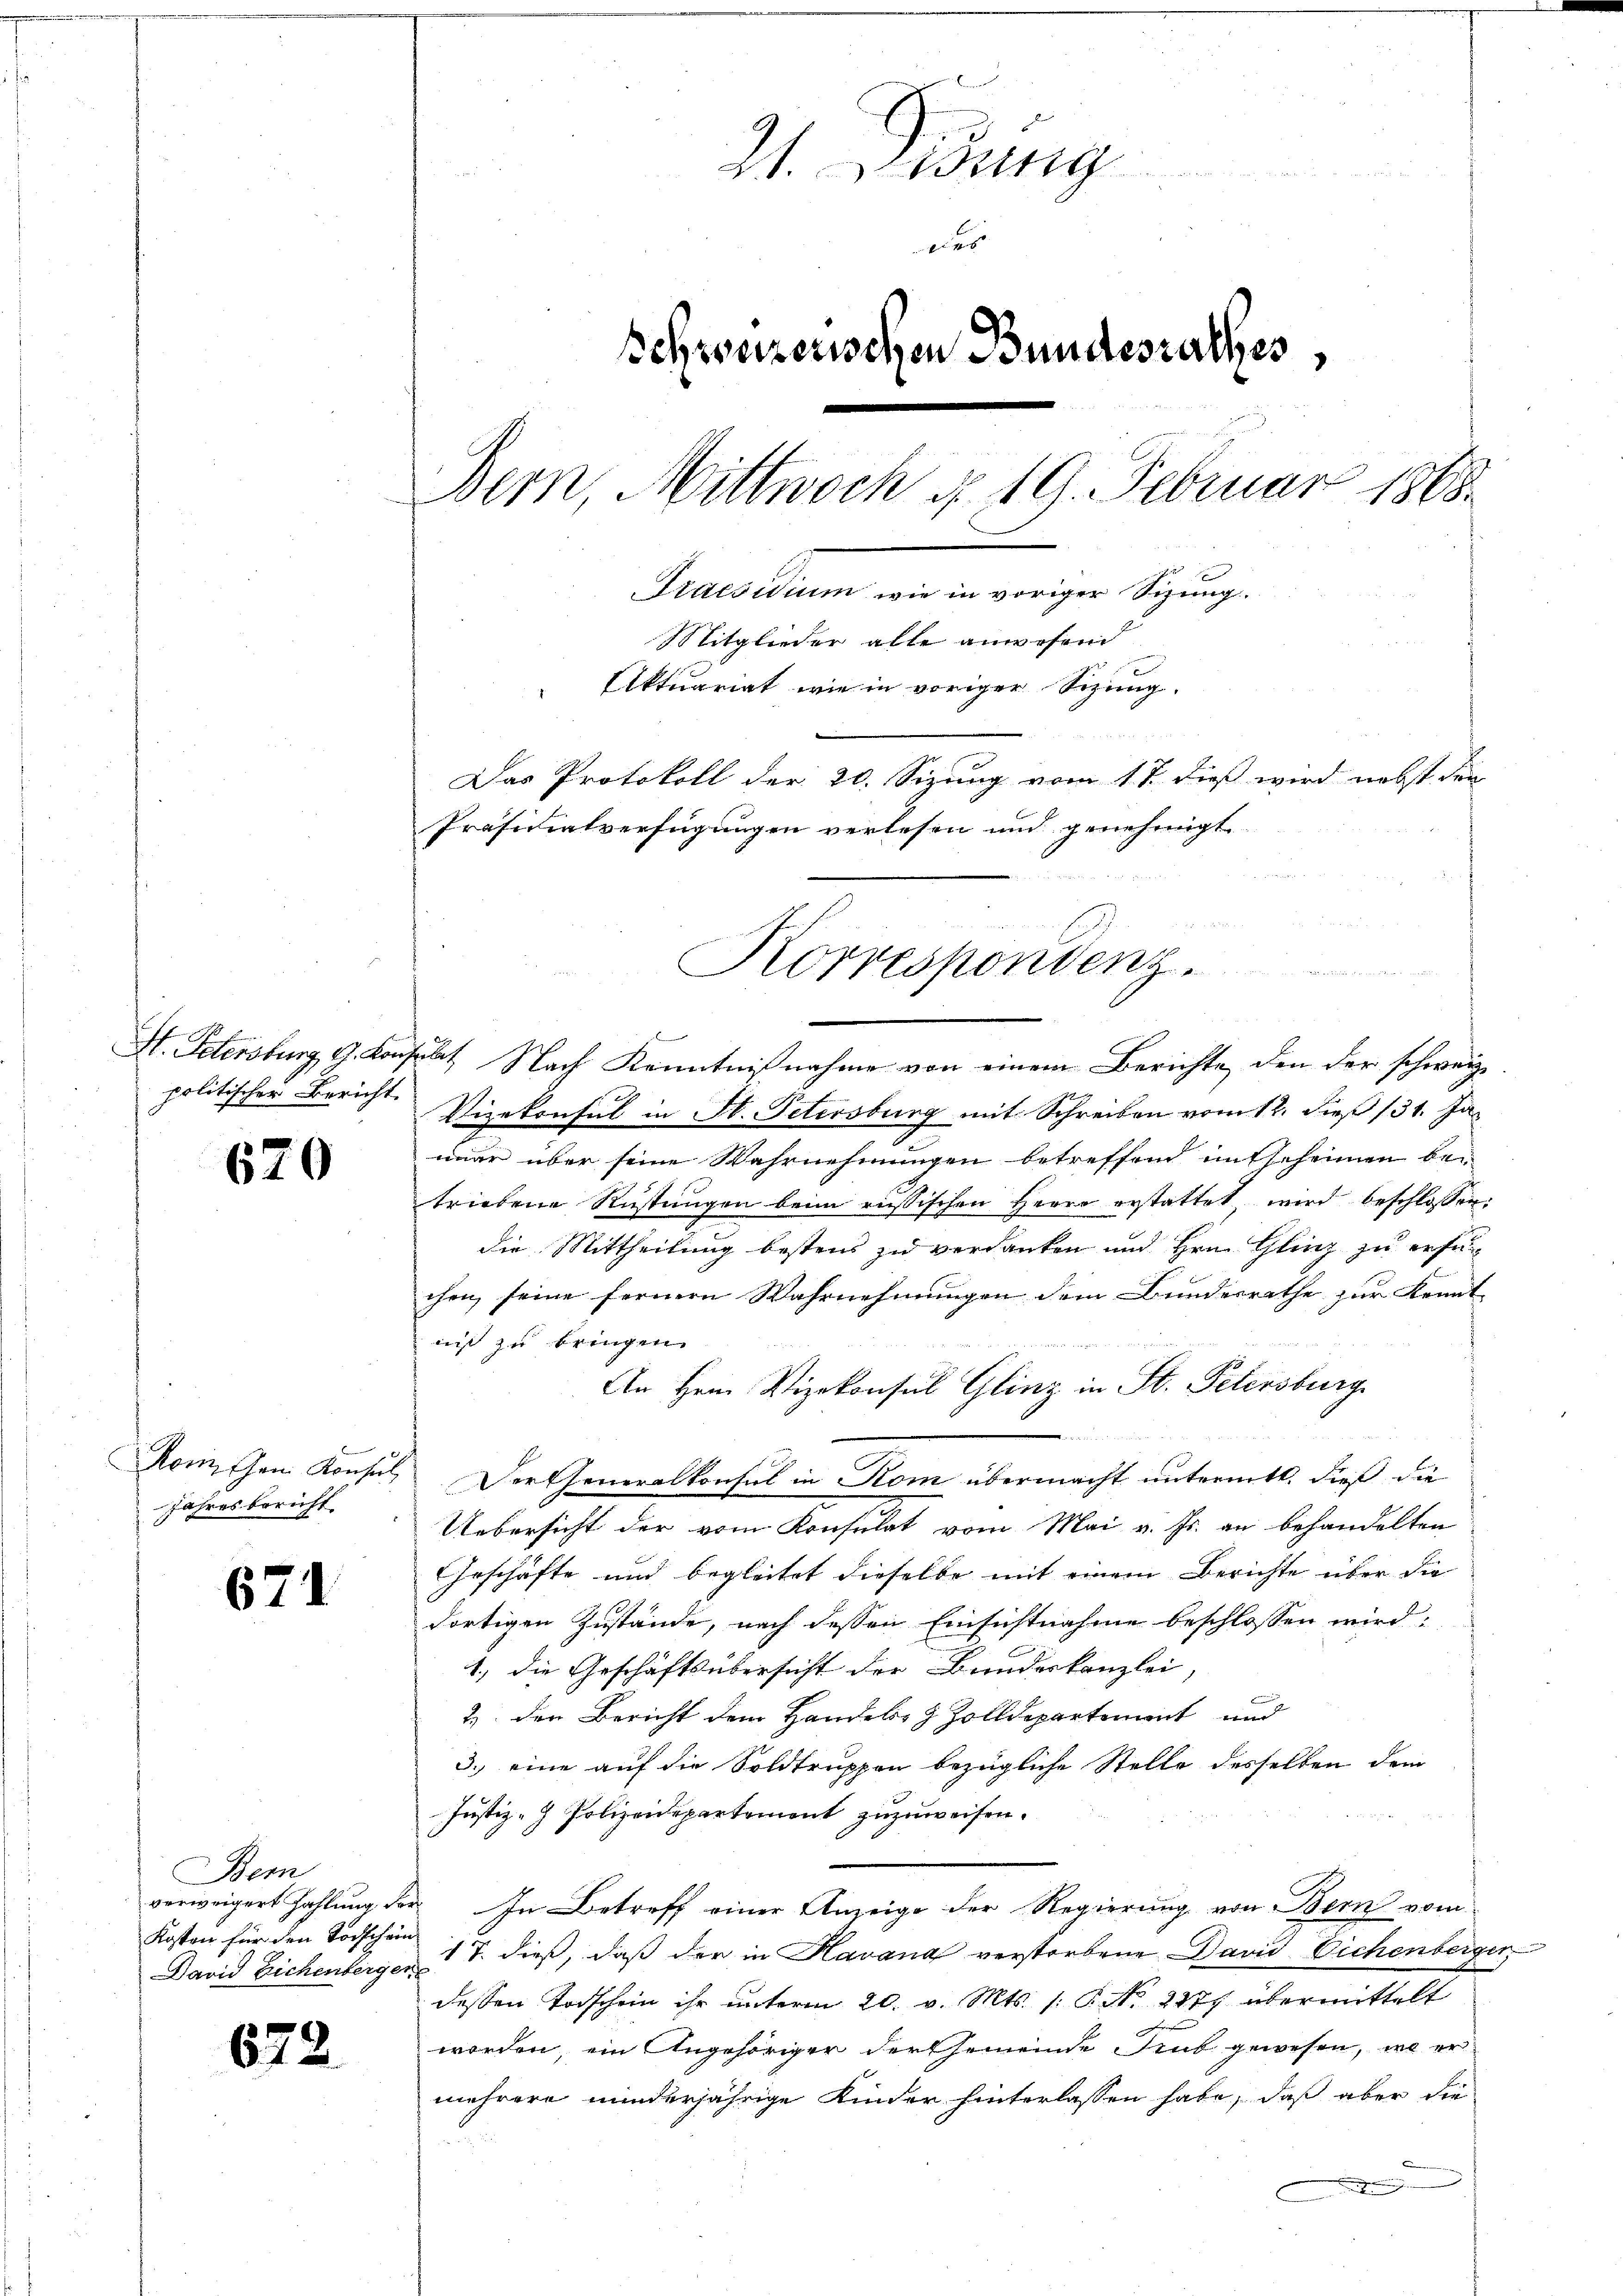
St. Petersburg, G. Konz
politischer Bericht

620

Jahresbericht

671

Bem
Kosten für den Tochschein
David Eichenbergen

672.

21. Leitung
eier
Schweizerischen Bundesrathes,
Bern, Mittwoch d. 19. Februar 1868.
Praestamen und verweiger Bezug.
Mitglieder alle anwesend
Aktuariat wie in voriger Sitzung.
Das Protokoll der 20. Sizung vom 17. dieß wird nebst den
Präsidialverfügungen verlesen und genehmigt

n

taat Nach Kenntnißnahme von einem Berichte, den der schweiz.
Vizekonsul in St. Petersburg mit Schreiben vom 12. dieß 131. Ja
mar über seine Wahrnehmungen betreffend entscheinen be-
triebene Rüstŭngen beim russischen Herrn erstattet wird beschlossen:
die Mittheilung bestens zu verdanken und Hrn. Glin zu erfüchen seine fernern Wahrnehmungen dem Bundesrathe zur Kennt
nis zu bringen.
An Hrn. Vizekonsul Glinz in St. Petersburg.
   Herrn
Romischen Konsul Der Generalkonsul in Kom übermacht unternitt. dieß die
Uebersicht der vom Konsulat vom Mai v. Js. an behandelten
Geschäfte und begleitet dieselbe mit einem Berichte über die
dortigen Zustände, nach dessen Einsichtnahme beschlossen wird:
1., die Geschäftsübersicht der Bundeskanzlei,
2) der Bericht dem Handels & Zolldepartement und
3.) eine auf die Soldtruppen bezügliche Stelle desselben dem
Justiz- & Polizeidepartement zuzuweisen.
verweigert Zahlung der In Betreff einer Anzeige der Regierung von Bern vom
1 T. dieß, daß der in Havana verstorbene David Eichenberger
dessen Todschein ihr unterm 20. v. Mts. /: P. Nr. 2877 übermittelt
worden, ein Angehöriger der Gemeinde Trub gewesen, wo er
mehrere minderjährige Kinder hinterlassen habe, daß aber die
e

Korrespondenz.